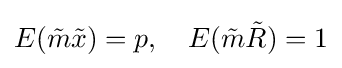
E({\tilde {m}}{\tilde {x}})=p,\quad E({\tilde {m}}{\tilde {R}})=1